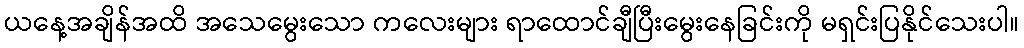
ယနေ့အချိန်အထိ အသေမွေးသော ကလေးများ ရာထောင်ချီပြီးမွေးနေခြင်းကို မရှင်းပြနိုင်သေးပါ။